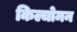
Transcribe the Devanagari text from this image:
किल्चोमन